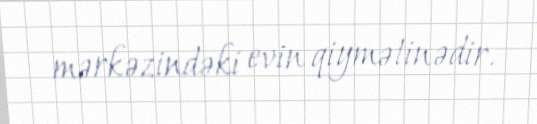
mərkəzindəki evin qiymətinədir.